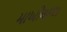
માખીયાળા